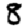
Digit: 8